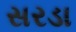
સરડા